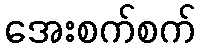
အေးစက်စက်